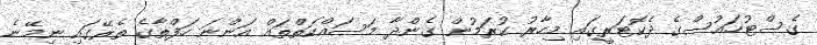
ގެސްޓުހައުސްގެ ދެކޮޓަރީގައި މިހާރު ކުރަމުން ގެންދާ މަސައްކަތްތައް އަންނަ ހަފްތާގެ ތެރޭގައި ނިމޭނެ